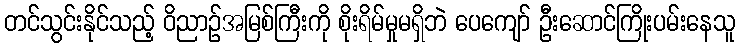
တင်သွင်းနိုင်သည့် ဝိညာဉ်အမြစ်ကြီးကို စိုးရိမ်မှုမရှိဘဲ ပေကျော် ဦးဆောင်ကြိုးပမ်းနေသူ